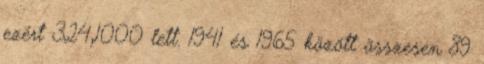
ezért 324,1000 lett. 1941 és 1965 között összesen 89